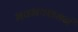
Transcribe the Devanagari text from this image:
भवभयशमनं